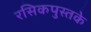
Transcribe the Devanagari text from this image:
रसिकपुस्तके